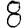
Digit: 8